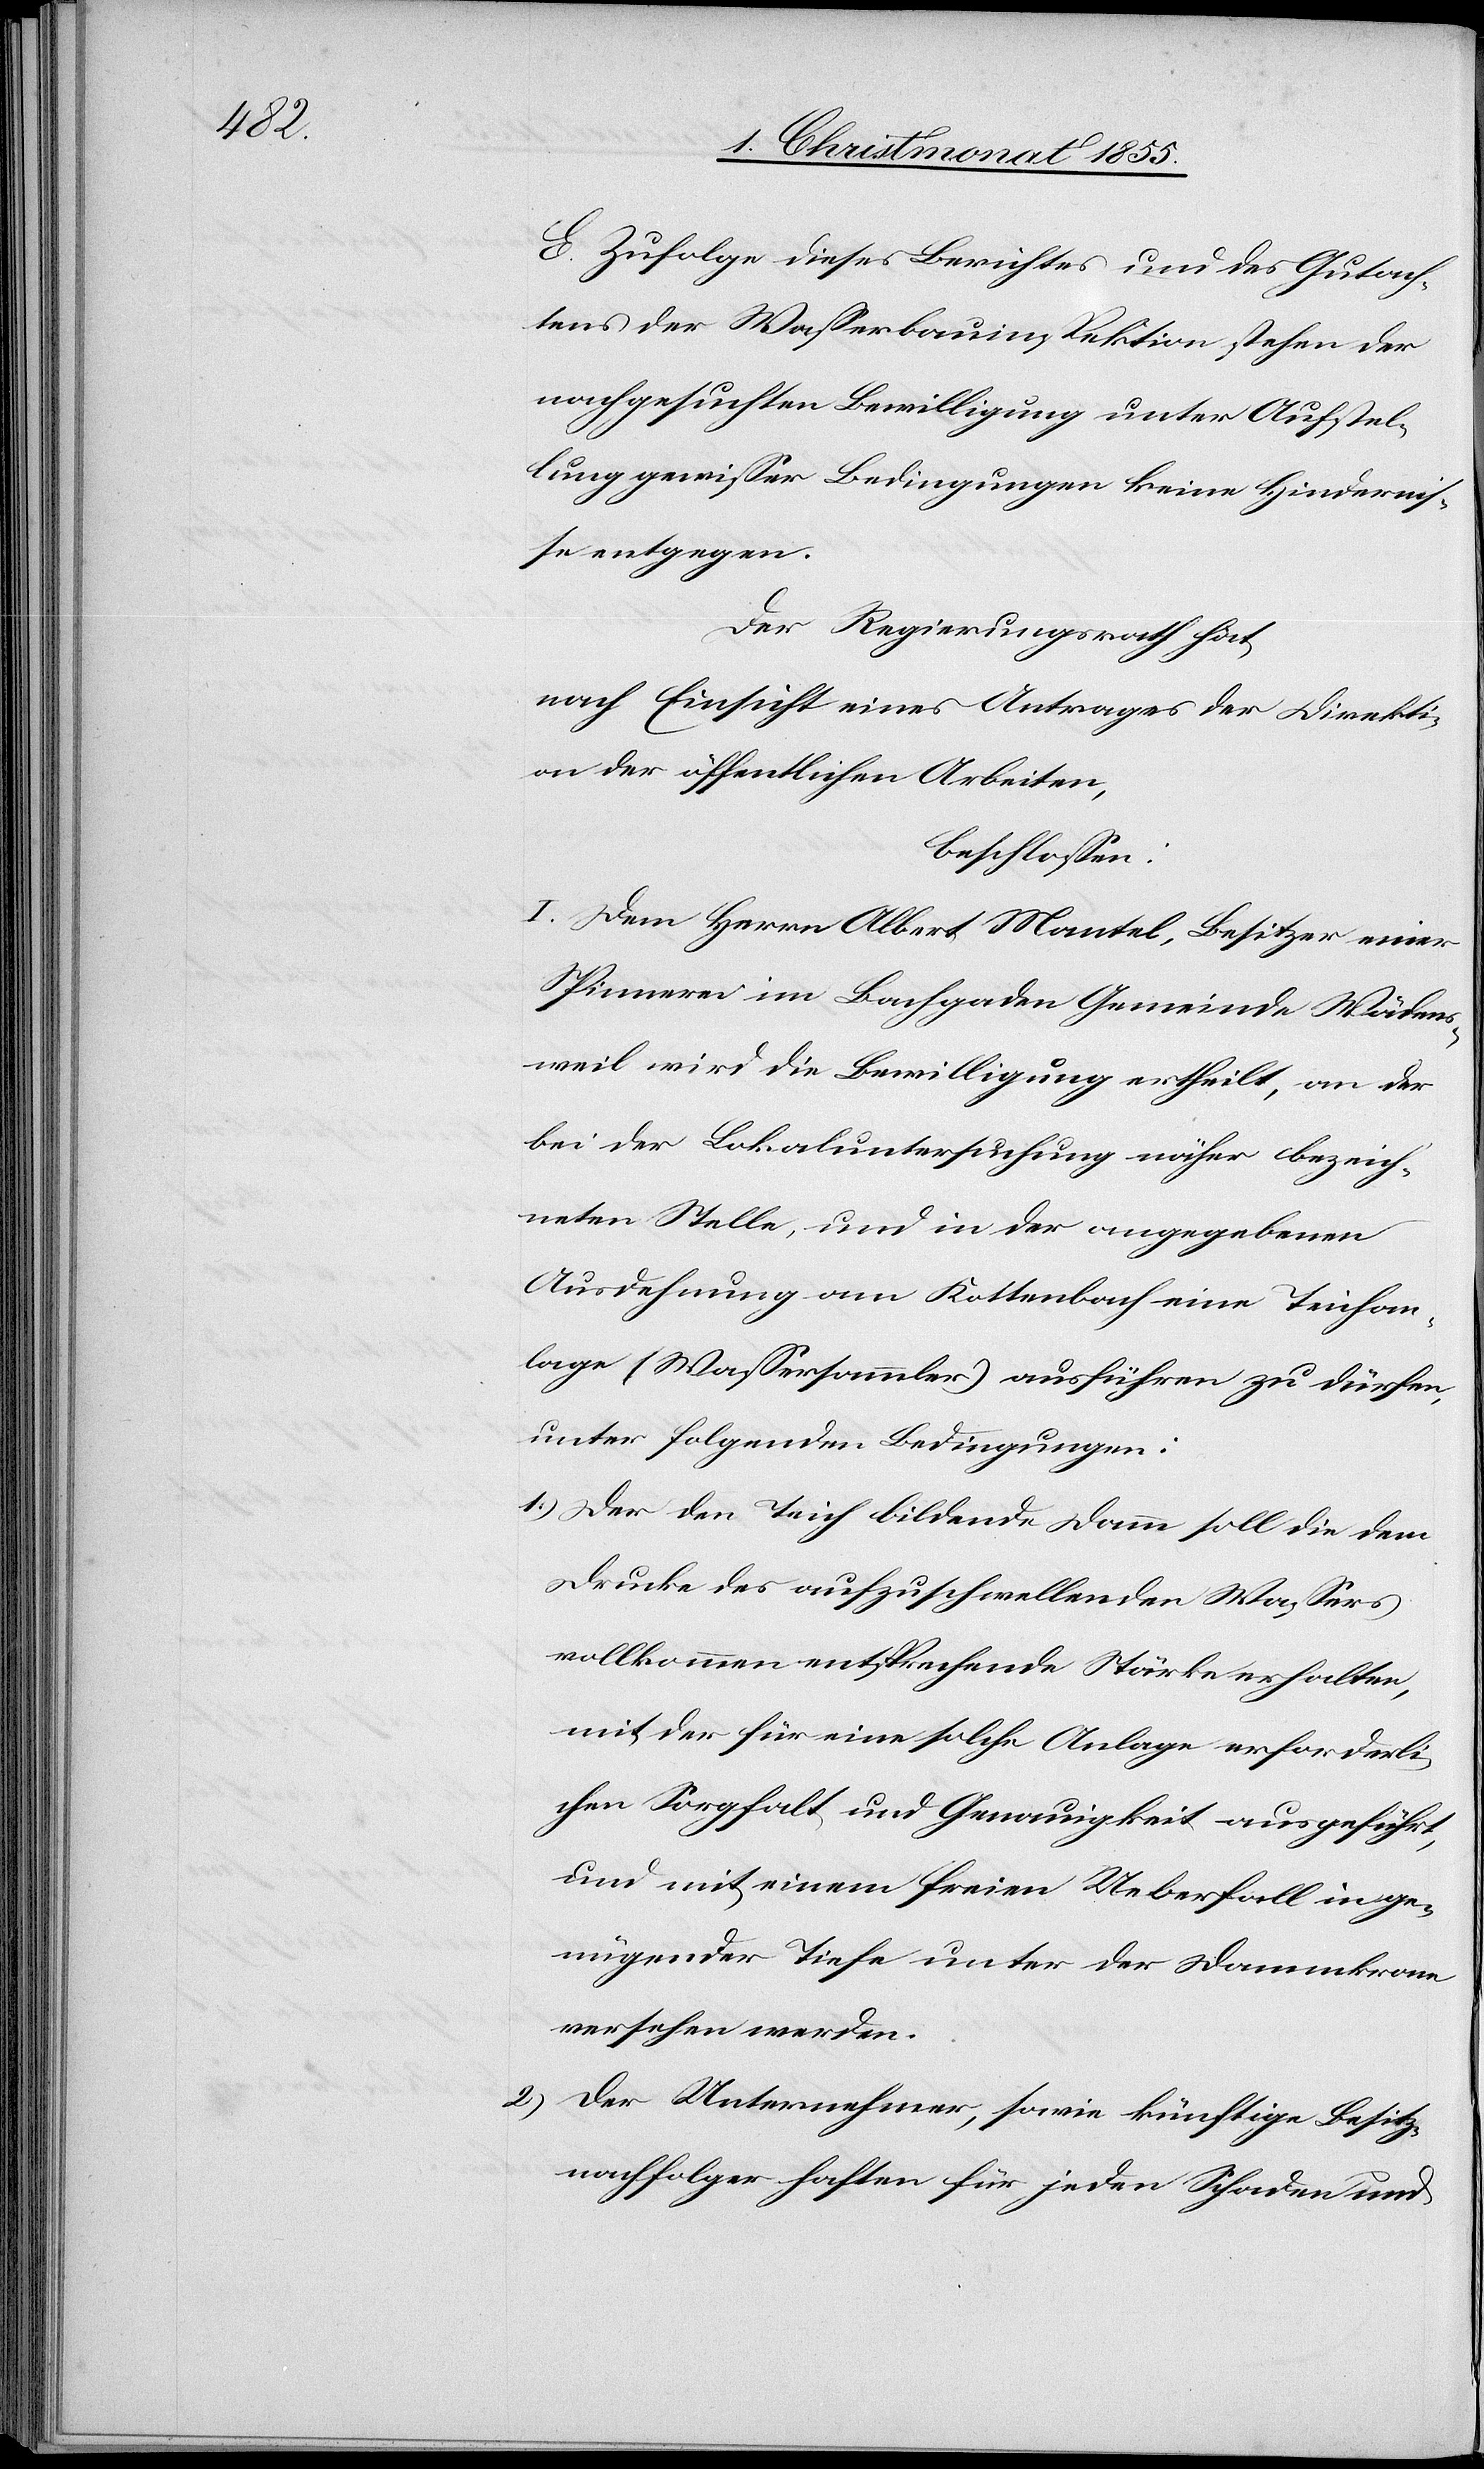
E. Zufolge dieses Berichtes und des Gutach¬
tens der Wasserbauinspektion stehen der
nachgesuchten Bewilligung unter Aufstel¬
lung gewisser Bedingungen keine Hindernis¬
se entgegen.
Der Regierungsrath hat,
nach Einsicht eines Antrages der Direkti¬
on der öffentlichen Arbeiten,
beschlossen:
I. Dem Herrn Albert Mantel, Besitzer einer
Spinnerei im Bachgaden Gemeinde Wädens¬
weil wird die Bewilligung ertheilt, an der
bei der Lokaluntersuchung näher bezeich¬
neten Stelle, und in der angegebenen
Ausdehnung am Kottenbach eine Teichan¬
lage (Wassersammler) ausführen zu dürfen,
unter folgenden Bedingungen:
Der den Teich bildende Damm soll die dem
Drucke des aufzuschwellenden Wassers
vollkommen entsprechende Stärke erhalten,
mit der für eine solche Anlage erforderli¬
chen Sorgfalt und Genauigkeit ausgeführt,
und mit einem freien Ueberfall in ge¬
nügender Tiefe unter der Dammkrone
versehen werden.
Der Unternehmer, sowie künftige Besitz¬
nachfolger haften für jeden Schaden und